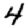
Digit: 4